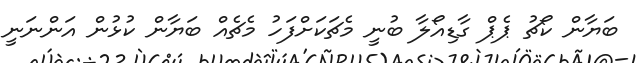
ބަޔާން ކޯޗު ޕެޕް ގާޑިއޯލާ ބުނީ މެޗަކަށްފަހު މެޗެއް ބަޔާން ކުޅުން އަންނަނީ